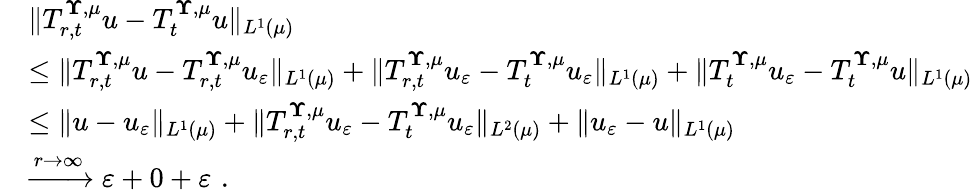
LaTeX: \begin{array}{rl}&{\| T_{r,t}^{{\mathbf\Upsilon},{\mu}}u-T_{t}^{{\mathbf\Upsilon},{\mu}}u\| _{L^{1}({\mu})}}\\ &{\le\| T_{r,t}^{{\mathbf\Upsilon},{\mu}}u-T_{r,t}^{{\mathbf\Upsilon},{\mu}}u_{\varepsilon}\| _{L^{1}({\mu})}+\| T_{r,t}^{{\mathbf\Upsilon},{\mu}}u_{\varepsilon}-T_{t}^{{\mathbf\Upsilon},{\mu}}u_{\varepsilon}\| _{L^{1}({\mu})}+\| T_{t}^{{\mathbf\Upsilon},{\mu}}u_{\varepsilon}-T_{t}^{{\mathbf\Upsilon},{\mu}}u\| _{L^{1}({\mu})}}\\ &{\le\| u-u_{\varepsilon}\| _{L^{1}({\mu})}+\| T_{r,t}^{{\mathbf\Upsilon},{\mu}}u_{\varepsilon}-T_{t}^{{\mathbf\Upsilon},{\mu}}u_{\varepsilon}\| _{L^{2}({\mu})}+\| u_{\varepsilon}-u\| _{L^{1}({\mu})}}\\ &{\xrightarrow{r\to\infty}\varepsilon+0+\varepsilon\, \, \mathrm{.}}\end{array}